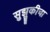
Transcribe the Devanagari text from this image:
सुझुकीचा